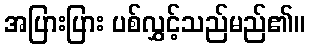
အပြားပြား ပစ်လွှင့်သည်မည်၏။